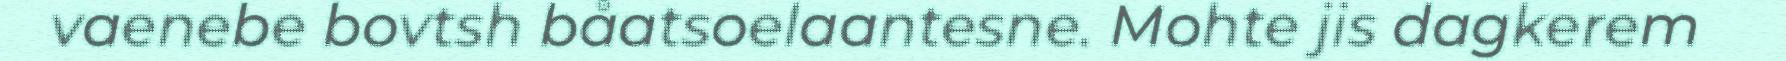
vaenebe bovtsh båatsoelaantesne. Mohte jis dagkerem